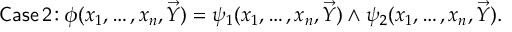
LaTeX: { \mathsf { C a s e \, 2 \! : } } \; \phi ( x _ { 1 } , \ldots , x _ { n } , { \vec { Y } } ) = \psi _ { 1 } ( x _ { 1 } , \ldots , x _ { n } , { \vec { Y } } ) \land \psi _ { 2 } ( x _ { 1 } , \ldots , x _ { n } , { \vec { Y } } ) .